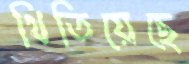
থিতিয়েছে